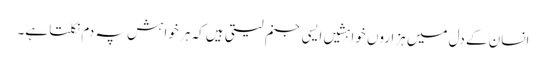
انسان کے دل میں ہزاروں خواہشیں ایسی جنم لیتی ہیں کہ ہر خواہش پہ دم نکلتا ہے۔